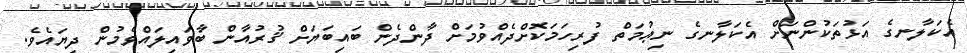
އެކަލާނގެ އަޅުތަކުންނަށް އެކަލާނގެ ނިޢުމަތް ފުރިހަމަކޮށްދެއްވުމަށް ދާންދެން ބައިބަޔަށް ޤުރުއާން ބާވައިލައްވެމުން ދިޔައެވެ.